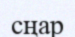
сңар